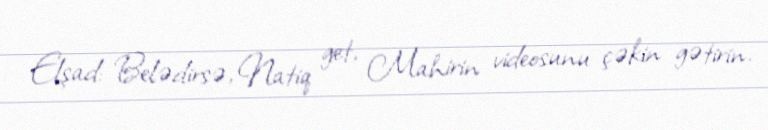
Elşad: Belədirsə, Natiq get, Mahirin videosunu çəkin gətirin.